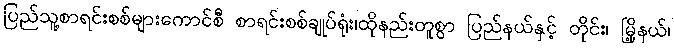
ပြည်သူ့စာရင်းစစ်များကောင်စီ စာရင်းစစ်ချုပ်ရုံး၊ထိုနည်းတူစွာ ပြည်နယ်နှင့် တိုင်း၊ မြို့နယ်၊